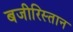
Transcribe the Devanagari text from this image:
बजीरिस्तान